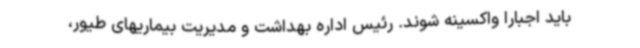
باید اجباراً واکسینه شوند. رئیس اداره بهداشت و مدیریت بیماریهای طیور،